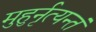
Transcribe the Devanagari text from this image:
मुहुर्नृत्यन्तं